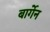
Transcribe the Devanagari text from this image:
बार्गेन